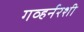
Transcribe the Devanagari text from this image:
गव्हर्नरशी